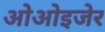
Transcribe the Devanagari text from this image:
ओओइजेर